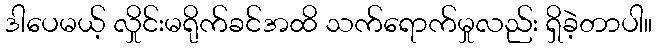
ဒါပေမယ့် လှိုင်းမရိုက်ခင်အထိ သက်ရောက်မှုလည်း ရှိခဲ့တာပါ။